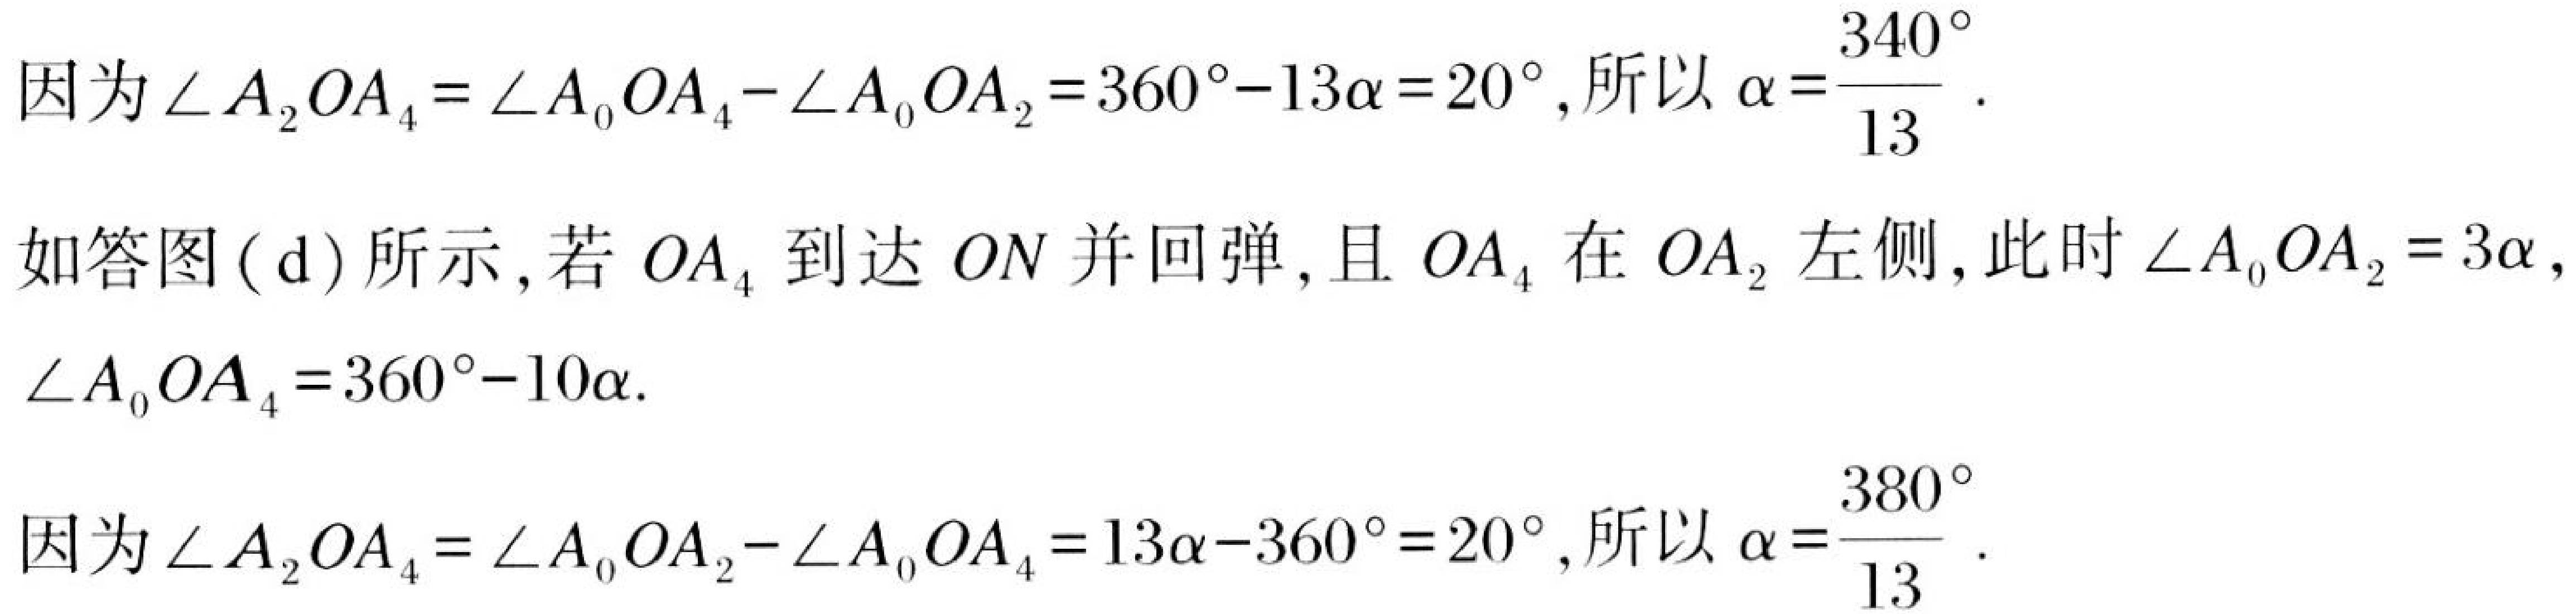
因为\(\angle A_{2}OA_{4}=\angle A_{0}OA_{4}-\angle A_{0}OA_{2}=360^{\circ}-13\alpha = 20^{\circ}\),所以\(\alpha=\frac{340^{\circ}}{13}\).

如答图(d)所示,若\(OA_{4}\)到达\(ON\)并回弹,且\(OA_{4}\)在\(OA_{2}\)左侧,此时\(\angle A_{0}OA_{2}=3\alpha\),
\(\angle A_{0}OA_{4}=360^{\circ}-10\alpha\).

因为\(\angle A_{2}OA_{4}=\angle A_{0}OA_{2}-\angle A_{0}OA_{4}=13\alpha - 360^{\circ}=20^{\circ}\),所以\(\alpha=\frac{380^{\circ}}{13}\).